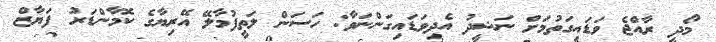
މޯދީ ރާއްޖެ ވަޑައިގަތުމަށް ނަޝީދު އެދިވަޑައިގަންނަވާ: ހަސަން ލަތީފުމާލޭ އޭރިޔާގެ ކޮމާންޑަރު ފަޔާޒް